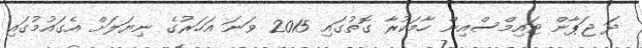
ދަ ޖަޕާން ޓައިމްސްއިން ހާމަކުރާ ގޮތުގައި 2015 ވަނަ އަހަރުގެ ނިޔަލަށް އެގައުމުގައި